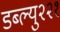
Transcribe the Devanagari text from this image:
डब्ल्यु२२१